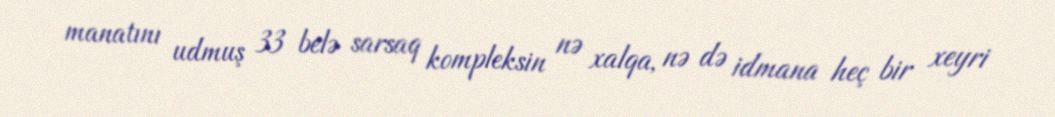
manatını udmuş 33 belə sarsaq kompleksin nə xalqa, nə də idmana heç bir xeyri